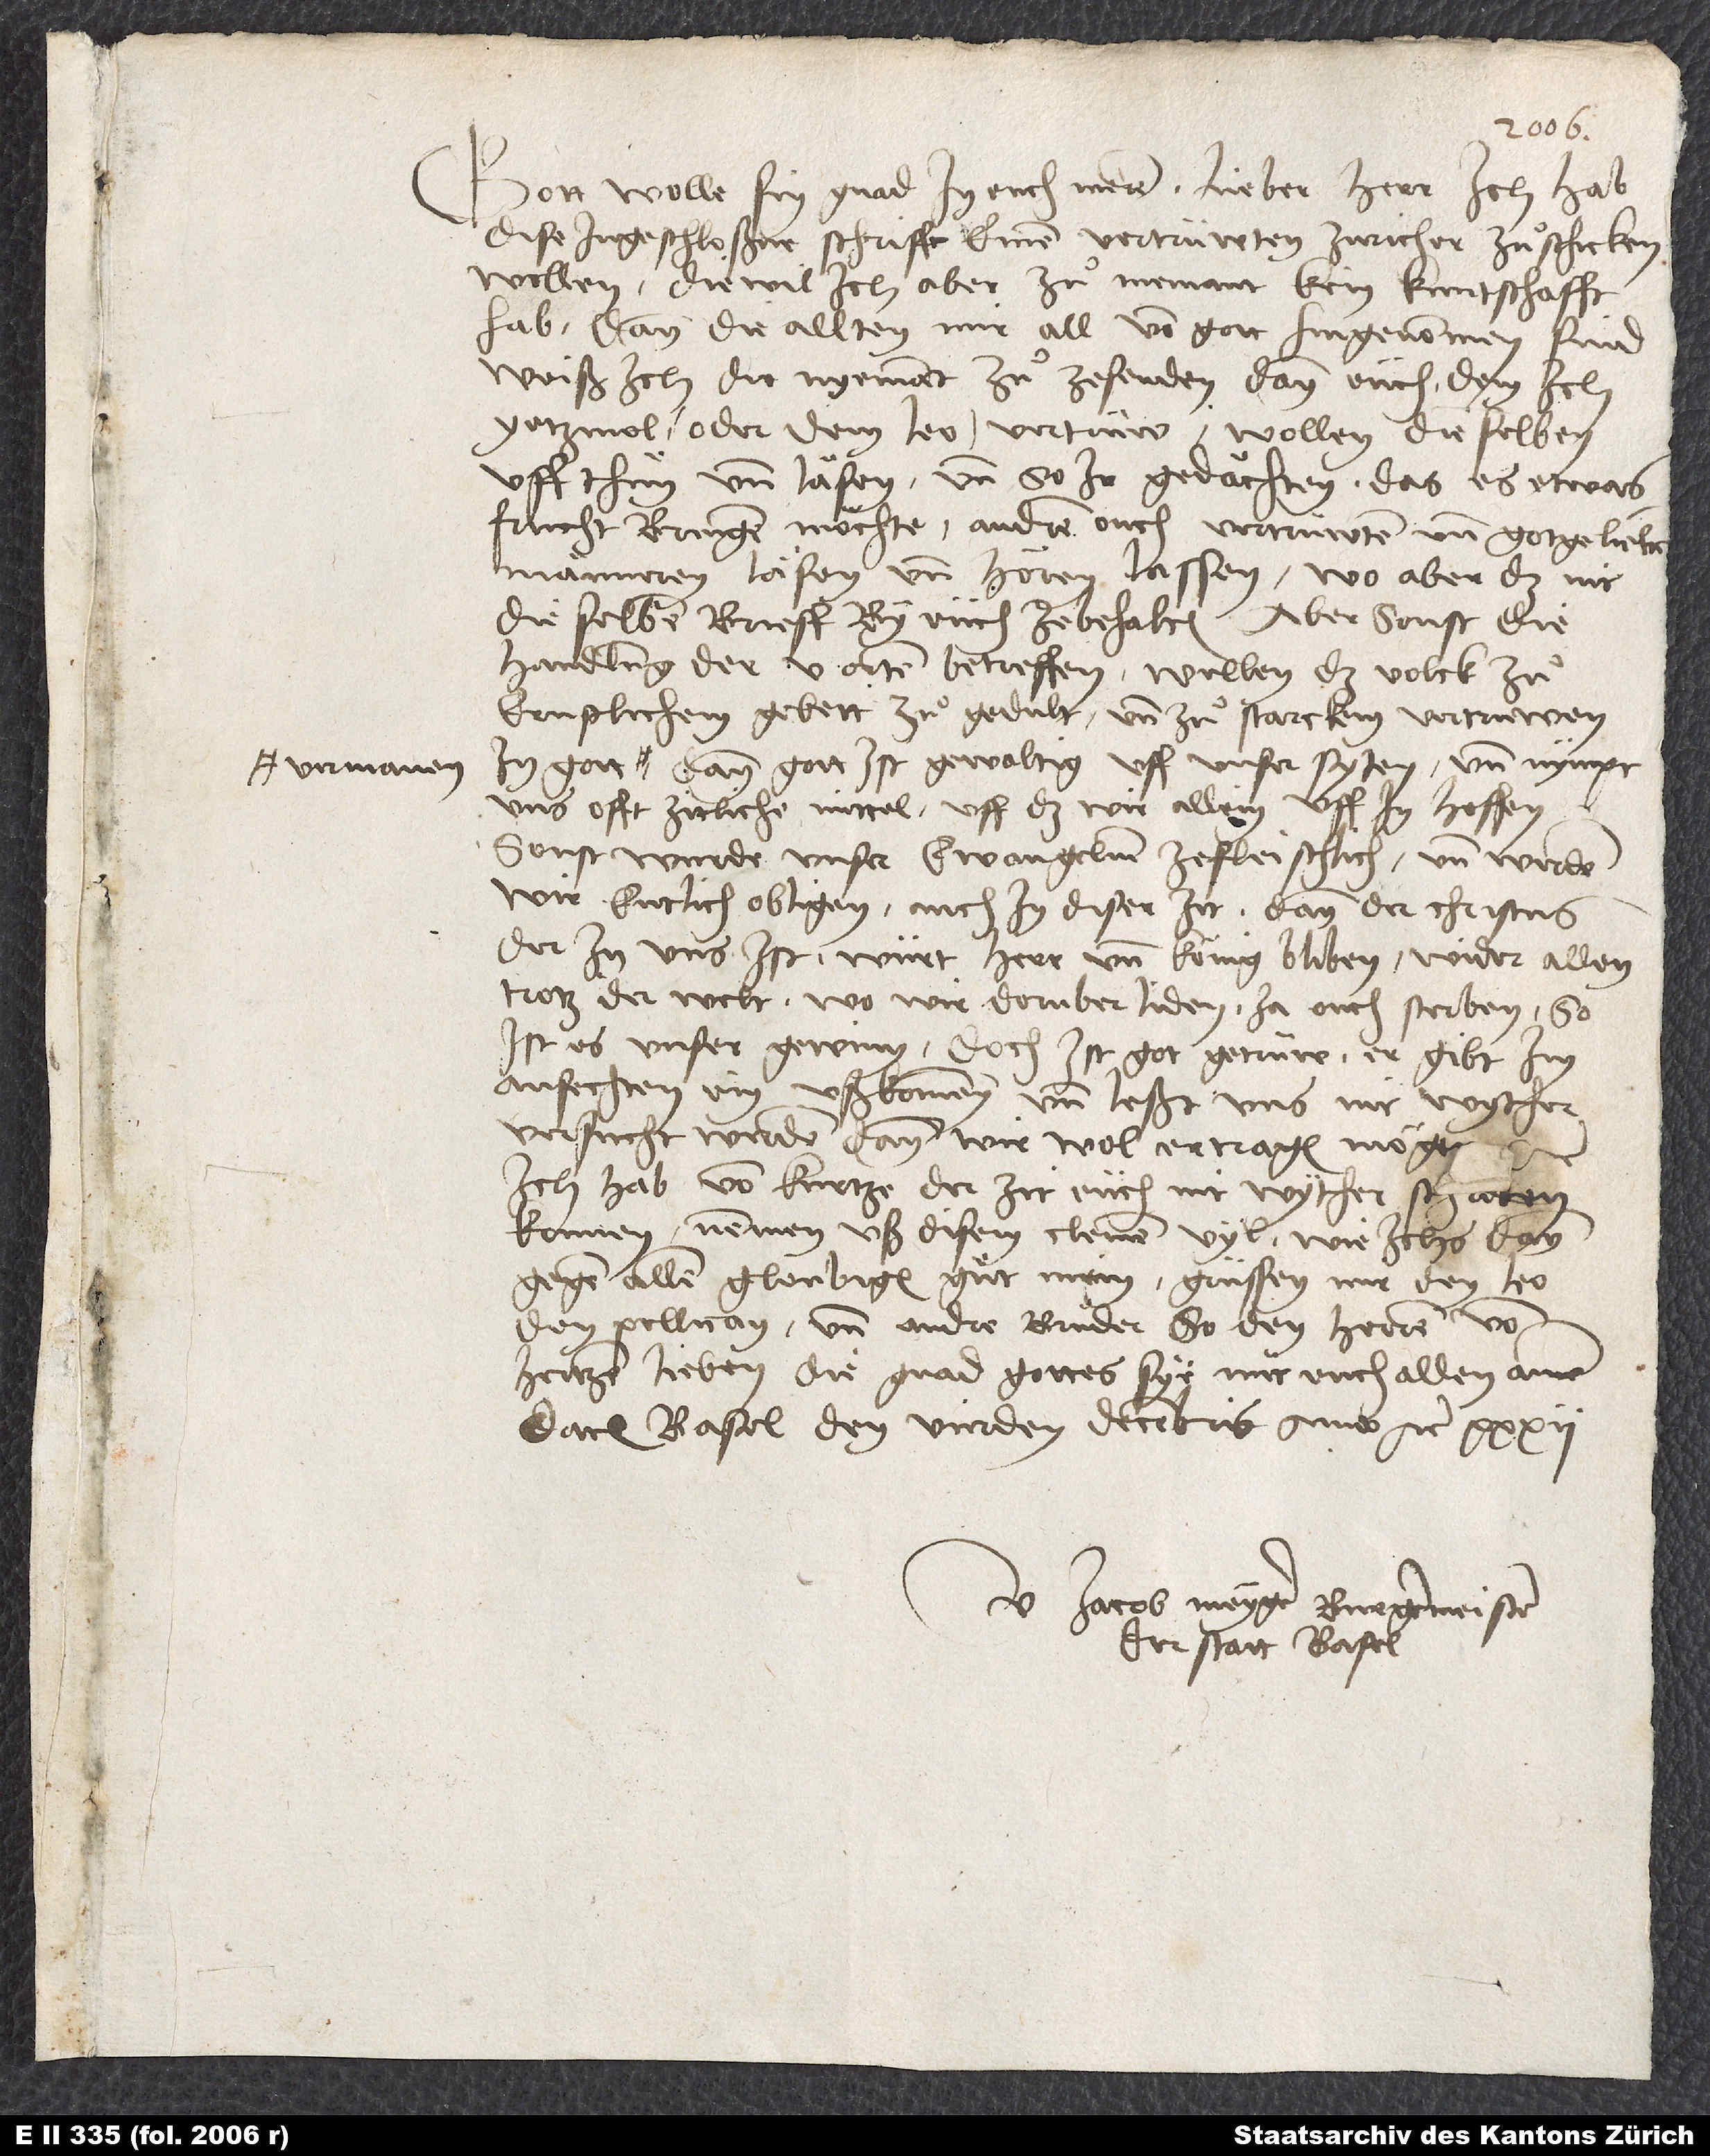
vermanen;

Gott wolle sin gnad in euch meren. Lieber herr, ich hab
dise ingeschloßne schrifft einem vertrüwten Zuricher zuͦschicken
wellen. Diewil ich aber zuͤ niemant kein kuntschafft
hab, dann die allten mir all von gott hingenommen sind,
weiß ich die nyemant zuͤzesenden dann eüch, dem ich
yetzmol, oder dem Leo, vertrüw. Wollen die selben
uff thuͤn und läsen, und so ir gedächten, das es etwas
frucht bringen möchte, andren ouch vertruwten und gotgeliebten
männeren läsen und hören lassen. Wo aber das nit,
die selben brieff by eüch ze behalten. Aber sonst die
handlung der 5 orten betreffen, wellen das volck zuͤ
ernstlichem gebett, zuͤ gedult und zuͤ starckem vertruwen
dann gott ist gewaltig uff unser syten und nympt
uns offt zitliche mittel, uff daß wir allein uff in hoffen,
sonst wurde unser ewangelium ze fleischlich, und werden
wir entlich obligen, auch in diser zit. Dann der Christus,
der in uns ist, würt herr und könig bliben wider allen
trotz der welt. Wo wir doruber liden, ja ouch sterben, so
ist es unser gewinn. Doch ist got getrüw; er gibt im
anfechten ein ußkommen und leßt uns nit wyther
versucht werden, dann wir wol ertragen mögten
Ich hab von kurtze der zit eüch nit wyther schriben
konnen. Nemmen uß disem cleinen vyl, wie ichs dann
gegen allen gloubigen guͤt mein. Grüssen mir den Leo,
den Pellican und andre bruͤder, so den herren von
hertzen lieben. Die gnad gottes sye mit euch allen. Amen.
Datum Basel, den vierden decembris anno etc. 32.
Jacob Meyger, burgermeister
der statt Basel.